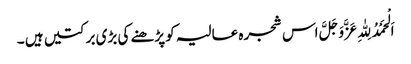
اَلْحَمْدُلِلّٰہِ عَزَّوَجَلَّ اس شجرہ عالیہ کو پڑھنے کی بڑی برکتیں ہیں ۔